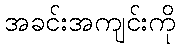
အခင်းအကျင်းကို